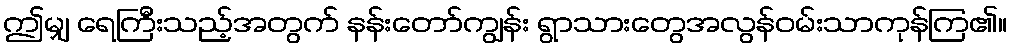
ဤမျှ ရေကြီးသည့်အတွက် နန်းတော်ကျွန်း ရွာသားတွေအလွန်ဝမ်းသာကုန်ကြ၏။